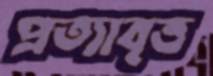
প্রত্যাবৃত্ত